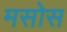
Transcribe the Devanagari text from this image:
मसोस